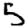
Digit: 5